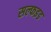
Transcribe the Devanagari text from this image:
सल्फइड